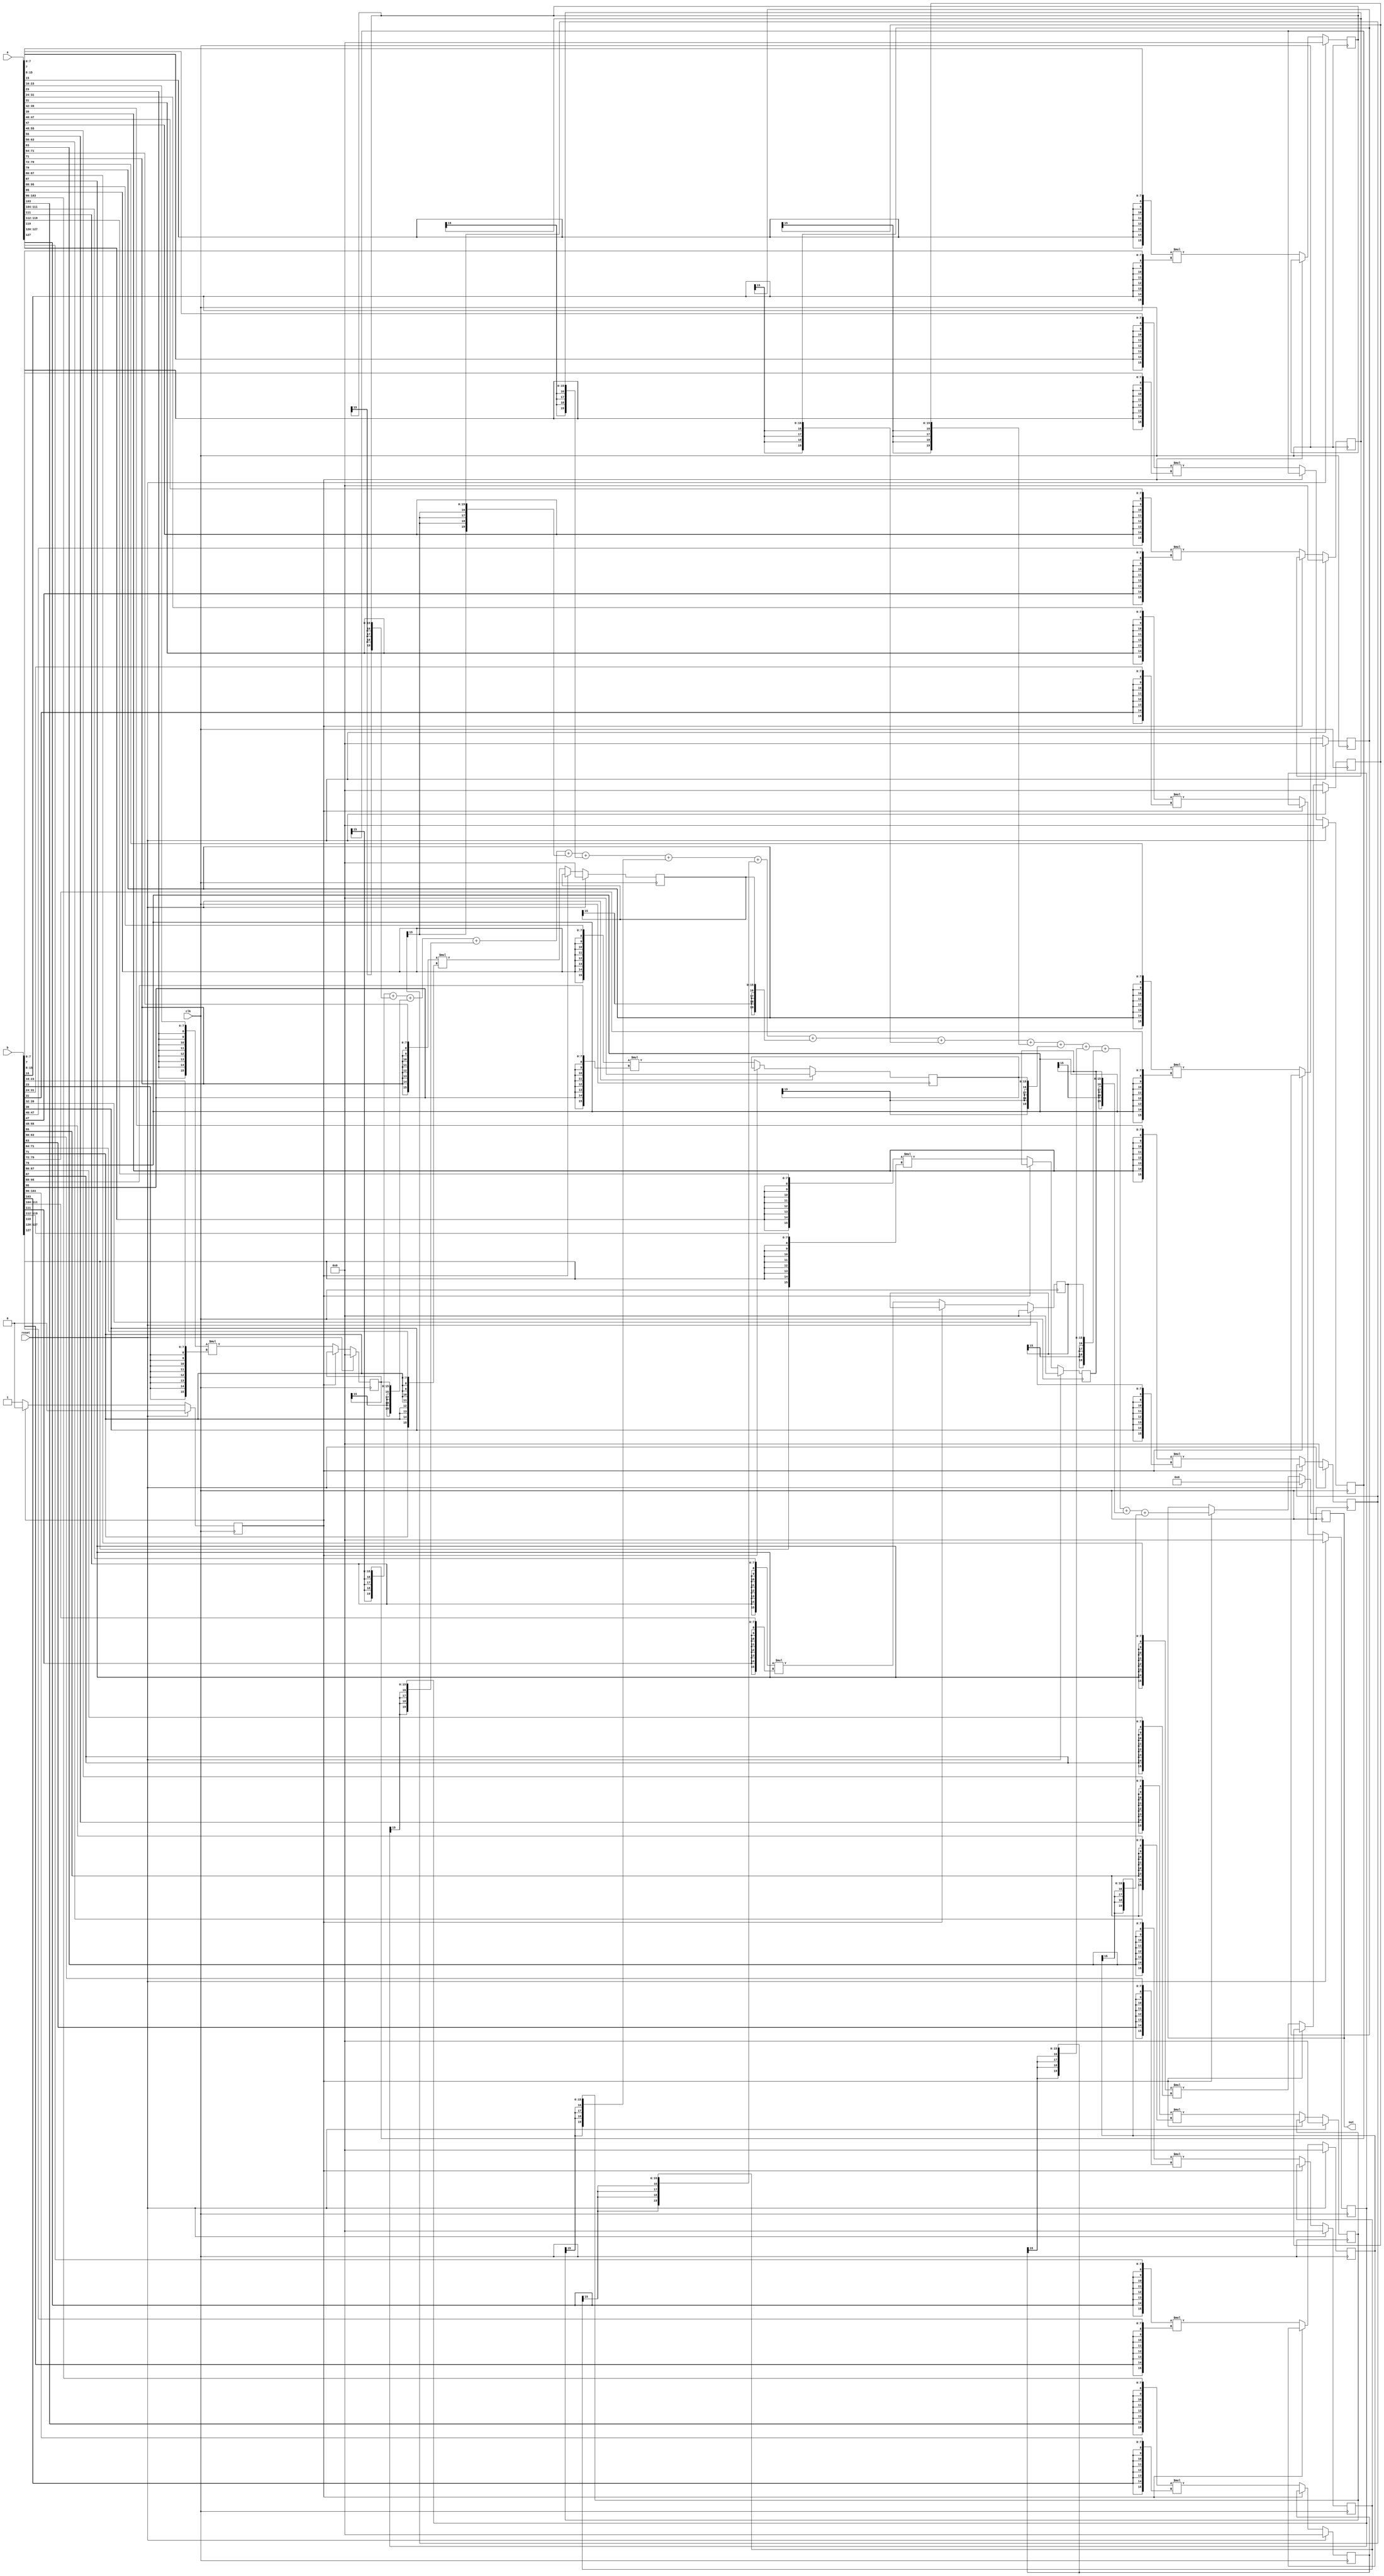
// Created by prof. Mingu Kang @VVIP Lab in UCSD ECE department
// Please do not spread this code without permission 
module mac_16in (out, a, b, clk, reset);

parameter bw = 8;
parameter bw_psum = 2*bw+4;
parameter pr = 16; // parallel factor: number of inputs = 64

input clk;
input reset;
output [bw_psum-1:0] out;
input  [pr*bw-1:0] a;
input  [pr*bw-1:0] b;

reg add;
reg [bw_psum-1:0] out_q;
reg		[2*bw-1:0]	product0	;
reg		[2*bw-1:0]	product1	;
reg		[2*bw-1:0]	product2	;
reg		[2*bw-1:0]	product3	;
reg		[2*bw-1:0]	product4	;
reg		[2*bw-1:0]	product5	;
reg		[2*bw-1:0]	product6	;
reg		[2*bw-1:0]	product7	;
reg		[2*bw-1:0]	product8	;
reg		[2*bw-1:0]	product9	;
reg		[2*bw-1:0]	product10	;
reg		[2*bw-1:0]	product11	;
reg		[2*bw-1:0]	product12	;
reg		[2*bw-1:0]	product13	;
reg		[2*bw-1:0]	product14	;
reg		[2*bw-1:0]	product15	;

assign out = out_q;
genvar i;

always @ (posedge clk) begin
  if (reset) begin
    add <= 0;
    out_q <= 0;
    product0 <= 0;
    product1 <= 0;
    product2 <= 0;
    product3 <= 0;
    product4 <= 0;
    product5 <= 0;
    product6 <= 0;
    product7 <= 0;
    product8 <= 0;
    product9 <= 0;
    product10 <= 0;
    product11 <= 0;
    product12 <= 0;
    product13 <= 0;
    product14 <= 0;
    product15 <= 0;
  end
  else begin
    if(add) begin
      out_q <= 
                {{(4){product0[2*bw-1]}},product0	}
	+	{{(4){product1[2*bw-1]}},product1	}
	+	{{(4){product2[2*bw-1]}},product2	}
	+	{{(4){product3[2*bw-1]}},product3	}
	+	{{(4){product4[2*bw-1]}},product4	}
	+	{{(4){product5[2*bw-1]}},product5	}
	+	{{(4){product6[2*bw-1]}},product6	}
	+	{{(4){product7[2*bw-1]}},product7	}
	+	{{(4){product8[2*bw-1]}},product8	}
	+	{{(4){product9[2*bw-1]}},product9	}
	+	{{(4){product10[2*bw-1]}},product10	}
	+	{{(4){product11[2*bw-1]}},product11	}
	+	{{(4){product12[2*bw-1]}},product12	}
	+	{{(4){product13[2*bw-1]}},product13	}
	+	{{(4){product14[2*bw-1]}},product14	}
	+	{{(4){product15[2*bw-1]}},product15	};
      add <= 0;
    end
    else begin
	product0	<=	{{(bw){a[bw*	1	-1]}},	a[bw*	1	-1:bw*	0	]}	*	{{(bw){b[bw*	1	-1]}},	b[bw*	1	-1:	bw*	0	]};
	product1	<=	{{(bw){a[bw*	2	-1]}},	a[bw*	2	-1:bw*	1	]}	*	{{(bw){b[bw*	2	-1]}},	b[bw*	2	-1:	bw*	1	]};
	product2	<=	{{(bw){a[bw*	3	-1]}},	a[bw*	3	-1:bw*	2	]}	*	{{(bw){b[bw*	3	-1]}},	b[bw*	3	-1:	bw*	2	]};
	product3	<=	{{(bw){a[bw*	4	-1]}},	a[bw*	4	-1:bw*	3	]}	*	{{(bw){b[bw*	4	-1]}},	b[bw*	4	-1:	bw*	3	]};
	product4	<=	{{(bw){a[bw*	5	-1]}},	a[bw*	5	-1:bw*	4	]}	*	{{(bw){b[bw*	5	-1]}},	b[bw*	5	-1:	bw*	4	]};
	product5	<=	{{(bw){a[bw*	6	-1]}},	a[bw*	6	-1:bw*	5	]}	*	{{(bw){b[bw*	6	-1]}},	b[bw*	6	-1:	bw*	5	]};
	product6	<=	{{(bw){a[bw*	7	-1]}},	a[bw*	7	-1:bw*	6	]}	*	{{(bw){b[bw*	7	-1]}},	b[bw*	7	-1:	bw*	6	]};
	product7	<=	{{(bw){a[bw*	8	-1]}},	a[bw*	8	-1:bw*	7	]}	*	{{(bw){b[bw*	8	-1]}},	b[bw*	8	-1:	bw*	7	]};
	product8	<=	{{(bw){a[bw*	9	-1]}},	a[bw*	9	-1:bw*	8	]}	*	{{(bw){b[bw*	9	-1]}},	b[bw*	9	-1:	bw*	8	]};
	product9	<=	{{(bw){a[bw*	10	-1]}},	a[bw*	10	-1:bw*	9	]}	*	{{(bw){b[bw*	10	-1]}},	b[bw*	10	-1:	bw*	9	]};
	product10	<=	{{(bw){a[bw*	11	-1]}},	a[bw*	11	-1:bw*	10	]}	*	{{(bw){b[bw*	11	-1]}},	b[bw*	11	-1:	bw*	10	]};
	product11	<=	{{(bw){a[bw*	12	-1]}},	a[bw*	12	-1:bw*	11	]}	*	{{(bw){b[bw*	12	-1]}},	b[bw*	12	-1:	bw*	11	]};
	product12	<=	{{(bw){a[bw*	13	-1]}},	a[bw*	13	-1:bw*	12	]}	*	{{(bw){b[bw*	13	-1]}},	b[bw*	13	-1:	bw*	12	]};
	product13	<=	{{(bw){a[bw*	14	-1]}},	a[bw*	14	-1:bw*	13	]}	*	{{(bw){b[bw*	14	-1]}},	b[bw*	14	-1:	bw*	13	]};
	product14	<=	{{(bw){a[bw*	15	-1]}},	a[bw*	15	-1:bw*	14	]}	*	{{(bw){b[bw*	15	-1]}},	b[bw*	15	-1:	bw*	14	]};
	product15	<=	{{(bw){a[bw*	16	-1]}},	a[bw*	16	-1:bw*	15	]}	*	{{(bw){b[bw*	16	-1]}},	b[bw*	16	-1:	bw*	15	]};
        add <= 1;
    end
  end
end
endmodule